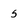
Character: 5